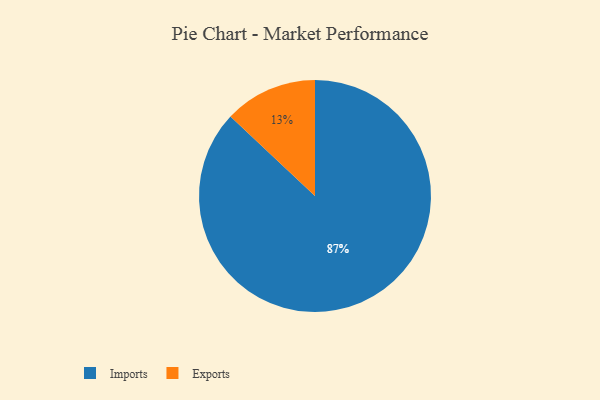
{"axis": {"x": "Category", "y": "Percentage"}, "legend": ["Exports", "Imports"], "data": [{"x": "Exports", "y": 13, "type": "Exports"}, {"x": "Imports", "y": 87, "type": "Imports"}]}